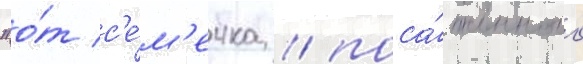
"о́т с'е́м'ечка / поса́женного